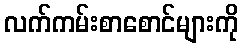
လက်ကမ်းစာစောင်များကို